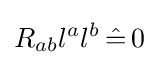
R_{ab}l^{a}l^{b}\,{\hat {=}}\,0